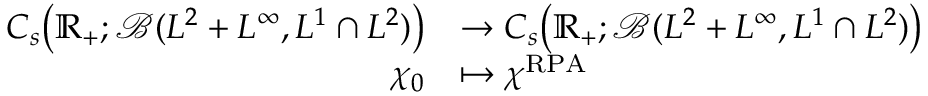
\begin{array} { r l } { C _ { s } \bigr ( \mathbb R _ { + } ; \mathcal { B } ( L ^ { 2 } + L ^ { \infty } , L ^ { 1 } \cap L ^ { 2 } ) \bigr ) } & { \to C _ { s } \bigr ( \mathbb R _ { + } ; \mathcal { B } ( L ^ { 2 } + L ^ { \infty } , L ^ { 1 } \cap L ^ { 2 } ) \bigr ) } \\ { \chi _ { 0 } } & { \mapsto \chi ^ { \mathrm { R P A } } } \end{array}